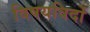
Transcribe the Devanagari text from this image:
विषयविदों